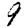
Digit: 9